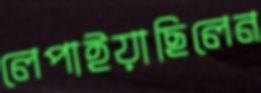
লেপাইয়াছিলেন